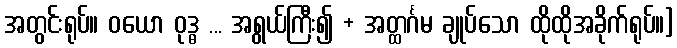
အတွင်းရုပ်။ ဝယော ဝုဒ္ဓ ... အရွယ်ကြီး၍ + အတ္ထင်္ဂမ ချုပ်သော ထိုထိုအခိုက်ရုပ်။]